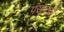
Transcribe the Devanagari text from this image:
पंखातले